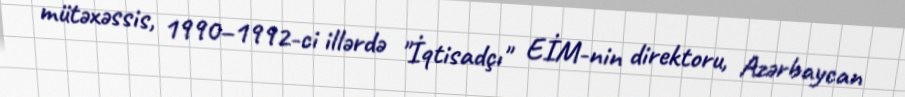
mütəxəssis, 1990–1992-ci illərdə "İqtisadçı" EİM-nin direktoru, Azərbaycan